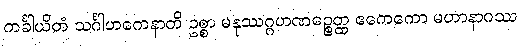
ကင်္ခါယိတံ သင်္ဂါဟကေနာတိ ဥစ္စာ မနုဿဂ္ဂဟဏဉ္စေတ္ထ ဧကေကော မဟာနာဂဿ